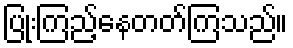
ပြုံးကြည့်နေတတ်ကြသည်။